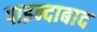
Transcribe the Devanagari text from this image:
पाइन्दाबाद